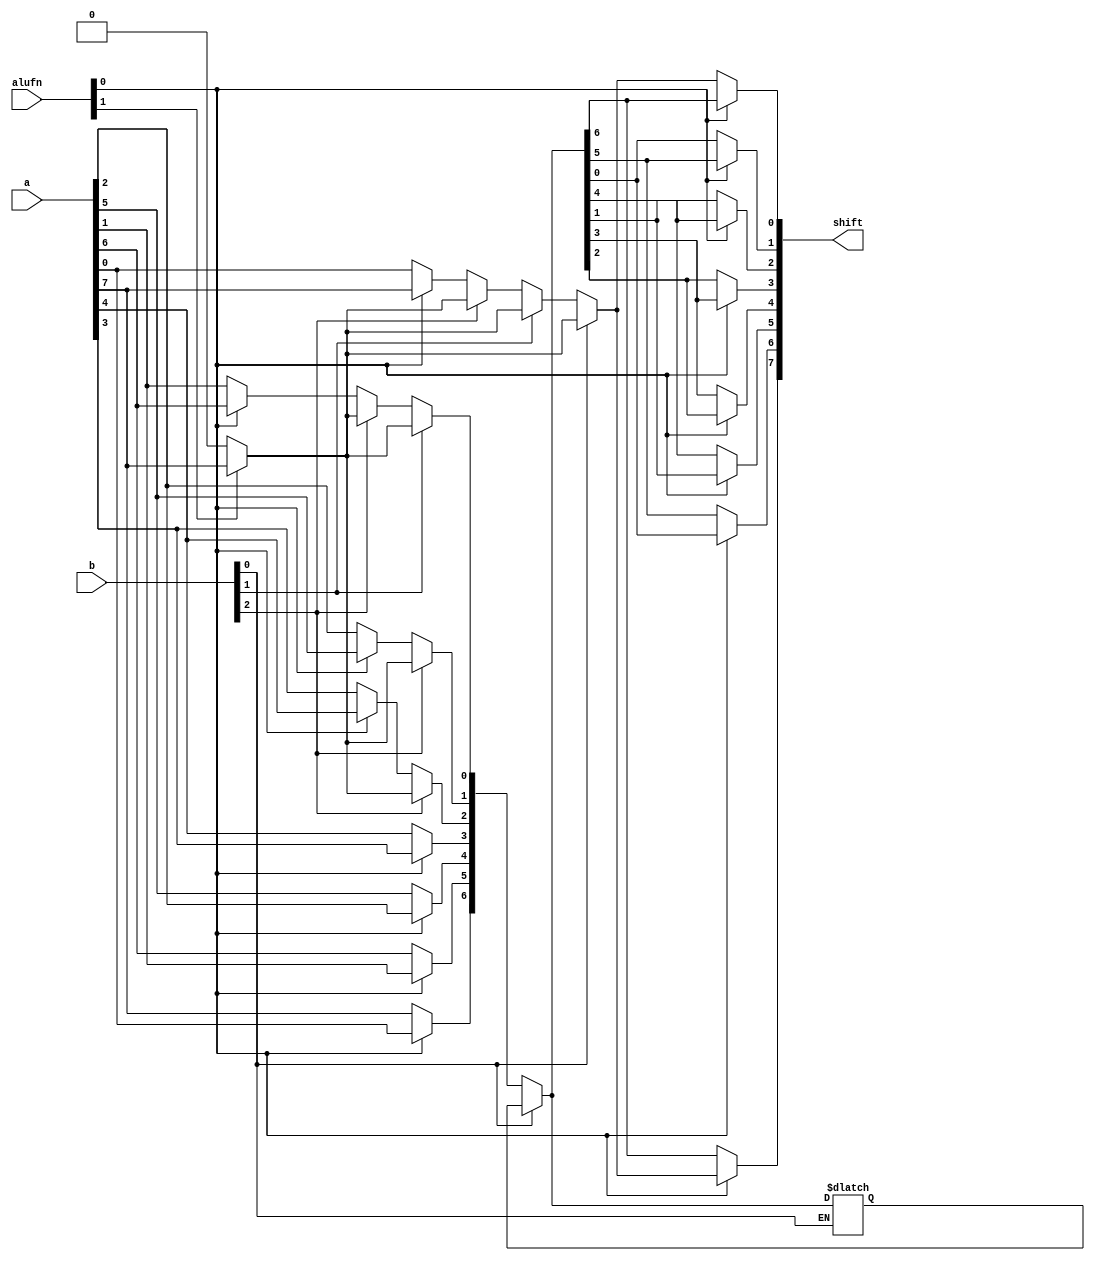
/*
   This file was generated automatically by the Mojo IDE version B1.3.6.
   Do not edit this file directly. Instead edit the original Lucid source.
   This is a temporary file and any changes made to it will be destroyed.
*/

module shift8_28 (
    input [7:0] a,
    input [2:0] b,
    input [1:0] alufn,
    output reg [7:0] shift
  );
  
  
  
  reg [7:0] xa;
  
  reg [7:0] x;
  
  reg [7:0] y;
  
  reg [7:0] z;
  
  reg r;
  
  integer i;
  
  always @* begin
    if (alufn[0+0-:1] == 1'h1) begin
      for (i = 1'h0; i < 4'h8; i = i + 1) begin
        xa[(i)*1+0-:1] = a[(3'h7 - i)*1+0-:1];
      end
    end else begin
      xa = a;
    end
    if (alufn[1+0-:1] == 1'h1) begin
      r = a[7+0-:1];
    end else begin
      r = 1'h0;
    end
    if (b[2+0-:1] == 1'h1) begin
      for (i = 1'h0; i < 3'h4; i = i + 1) begin
        x[(i)*1+0-:1] = r;
      end
      for (i = 3'h4; i < 4'h8; i = i + 1) begin
        x[(i)*1+0-:1] = xa[(i - 3'h4)*1+0-:1];
      end
    end else begin
      x = xa;
    end
    if (b[1+0-:1] == 1'h1) begin
      for (i = 1'h0; i < 2'h2; i = i + 1) begin
        y[(i)*1+0-:1] = r;
      end
      for (i = 2'h2; i < 4'h8; i = i + 1) begin
        y[(i)*1+0-:1] = x[(i - 2'h2)*1+0-:1];
      end
    end else begin
      y = x;
    end
    if (b[0+0-:1] == 1'h1) begin
      for (i = 1'h1; i < 4'h8; i = i + 1) begin
        z[(i)*1+0-:1] = r;
      end
      z[0+0-:1] = r;
      for (i = 1'h1; i < 4'h8; i = i + 1) begin
        z[(i)*1+0-:1] = y[(i - 1'h1)*1+0-:1];
      end
    end else begin
      z = y;
    end
    if (alufn[0+0-:1] == 1'h1) begin
      for (i = 1'h0; i < 4'h8; i = i + 1) begin
        shift[(i)*1+0-:1] = z[(3'h7 - i)*1+0-:1];
      end
    end else begin
      shift = z;
    end
  end
endmodule